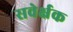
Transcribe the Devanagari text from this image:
सवेर्क्षक